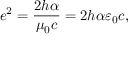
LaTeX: e ^ { 2 } = { \frac { 2 h \alpha } { \mu _ { 0 } c } } = 2 h \alpha \varepsilon _ { 0 } c ,